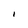
Character: l